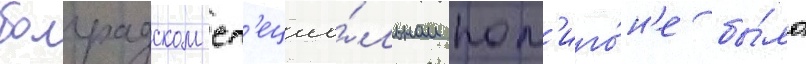
болградском сп'ециа́льном пол'иго́н'е бы́ло